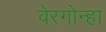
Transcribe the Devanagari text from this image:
वेरगोन्हा